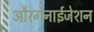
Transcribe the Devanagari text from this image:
औरगेनाईजेशन